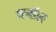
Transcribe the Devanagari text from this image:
क्नॉल